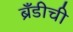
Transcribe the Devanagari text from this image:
ब्रँडीची